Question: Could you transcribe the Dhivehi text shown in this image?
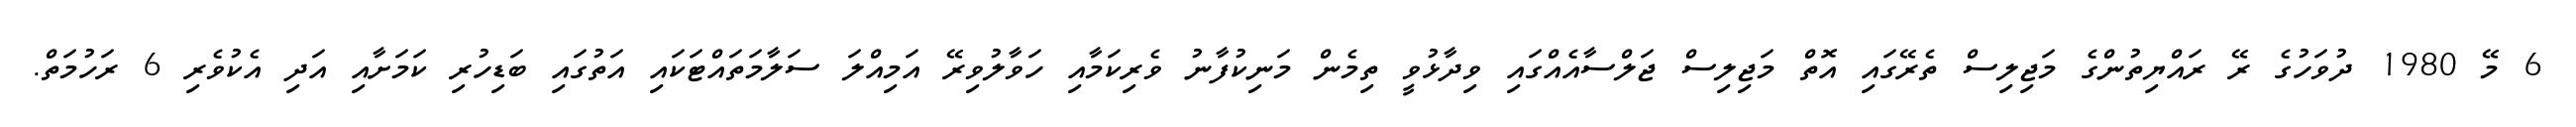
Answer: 6 މޭ 1980 ދުވަހުގެ ރޭ ރައްޔިތުންގެ މަޖިލިސް ތެރޭގައި އޮތް މަޖިލިސް ޖަލްސާއެއްގައި ވިދާޅުވީ ތިމެން މަނިކުފާނު ވެރިކަމާއި ހަވާލުވިރޭ އަމިއްލަ ސަލާމަތައްޓަކައި އަތުގައި ބަޑިހުރި ކަމަށާއި އަދި އެކުވެރި 6 ރަހުމަތް.